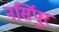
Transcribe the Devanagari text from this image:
नर्सिपुर